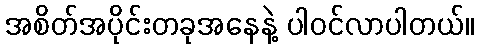
အစိတ်အပိုင်းတခုအနေနဲ့ ပါဝင်လာပါတယ်။